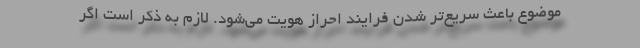
موضوع باعث سریع‌تر شدن فرایند احراز هویت می‌شود. لازم به ذکر است اگر